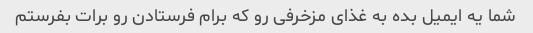
شما یه ایمیل بده به غذای مزخرفی رو که برام فرستادن رو برات بفرستم